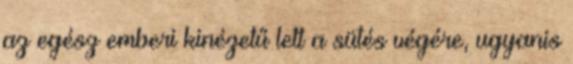
az egész emberi kinézetű lett a sütés végére, ugyanis